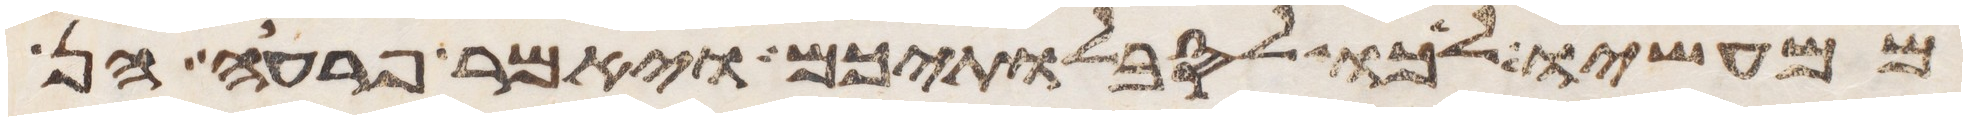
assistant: ממעשיו לכו לסבלתיכם ויאמר פרעה הן